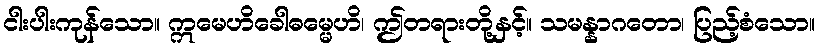
ငါးပါးကုန်သော။ ဣမေဟိခေါဓမ္မေဟိ၊ ဤတရားတို့နှင့်။ သမန္နာဂတော၊ ပြည့်စံသော။